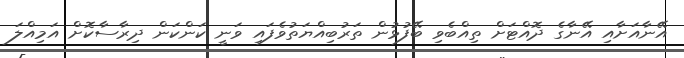
އޭނާއަށާއި އޭނާގެ ދޮއްޓަށް ތިއްބެވި ބޭފުޅުން ތަރުބިއްޔަތުވެފައި ވަނީ ކަންކަން ދިރާސާކޮށް އަމިއްލަ